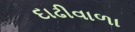
દાઢીવાળા